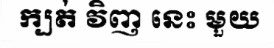
ក្បត់ វិញ នេះ មួយ